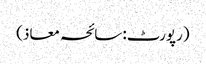
(رپورٹ: سائحہ معاذ)